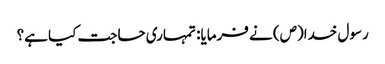
رسول خدا(ص) نے فرمایا: تمہاری حاجت کیا ہے؟